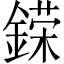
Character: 𨪪